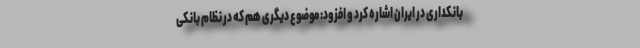
بانکداری در ایران اشاره کرد و افزود: موضوع دیگری هم که در نظام بانکی